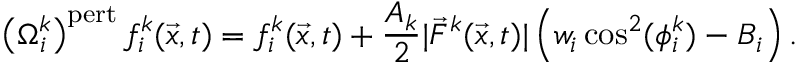
\left( \Omega _ { i } ^ { k } \right) ^ { \mathrm { p e r t } } f _ { i } ^ { k } ( \vec { x } , t ) = f _ { i } ^ { k } ( \vec { x } , t ) + \frac { A _ { k } } { 2 } | \vec { F } ^ { k } ( \vec { x } , t ) | \left( w _ { i } \cos ^ { 2 } ( \phi _ { i } ^ { k } ) - B _ { i } \right) .